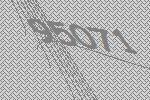
95071